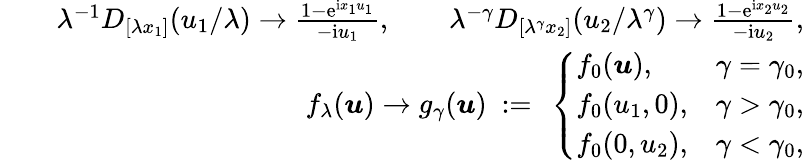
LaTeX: \begin{array}{rlr}&{}&{\lambda^{-1}D_{[\lambda x_{1}]}(u_{1}/\lambda)\to\frac{1-\mathrm e^{\mathrm ix_{1}u_{1}}}{-\mathrm iu_{1}},\qquad\lambda^{-\gamma}D_{[\lambda^{\gamma}x_{2}]}(u_{2}/\lambda^{\gamma})\to\frac{1-\mathrm e^{\mathrm ix_{2}u_{2}}}{-\mathrm iu_{2}},}\\ &{}&{f_{\lambda}(\boldsymbol{u})\to g_{\gamma}(\boldsymbol{u})\ :=\ \left\{ \begin{array}{ll}{f_{0}(\boldsymbol{u}),}&{\gamma=\gamma_{0},}\\ {f_{0}(u_{1},0),}&{\gamma>\gamma_{0},}\\ {f_{0}(0,u_{2}),}&{\gamma<\gamma_{0},}\end{array}\right.}\end{array}